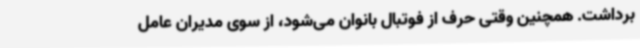
برداشت. همچنین وقتی حرف از فوتبال بانوان می‌شود، از سوی مدیران عامل